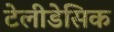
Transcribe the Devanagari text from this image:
टेलीडेसिक